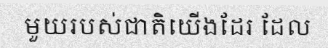
មួយរបស់ជាតិយើងដែរ ដែល